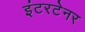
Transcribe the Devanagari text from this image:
इंटरटेनर